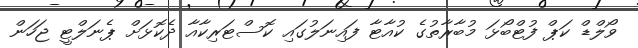
ވޯލްޑް ކަޕް ފުޓްބޯޅަ މުބާރާތުގެ ކުއާޓާ ފައިނަލުގައި ކޮސްޓަރިކާއާ ދެކޮޅަށް ޕެނަލްޓީ ޖަހަން